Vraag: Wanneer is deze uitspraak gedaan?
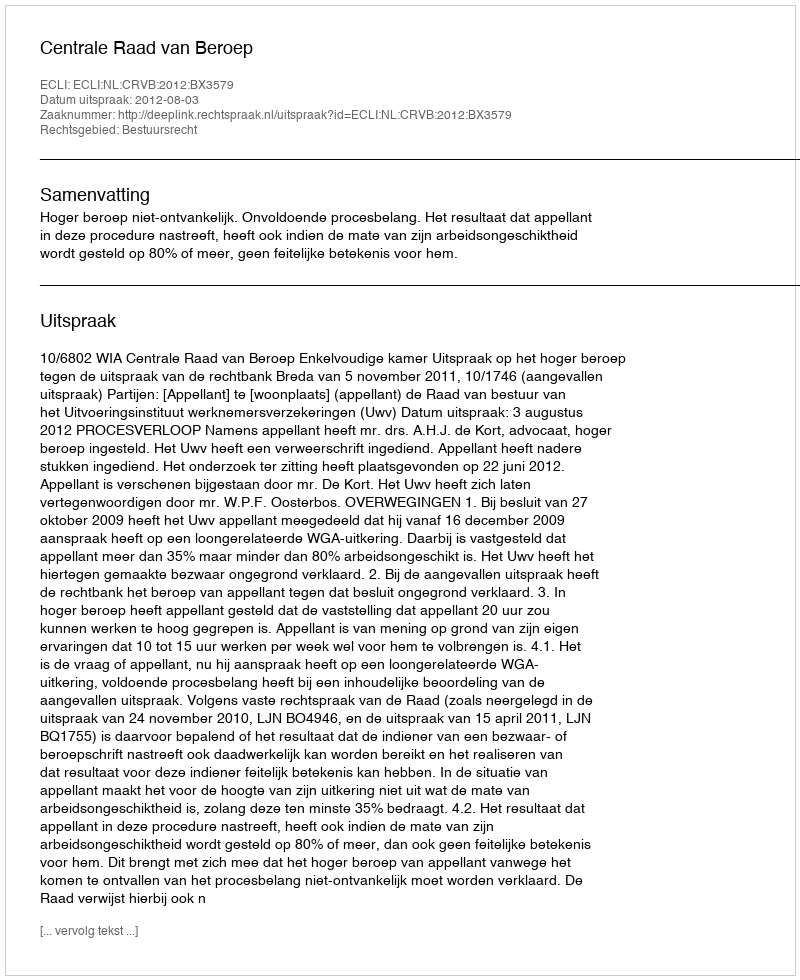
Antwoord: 2012-08-03